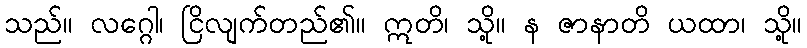
သည်။ လဂ္ဂေါ၊ ငြိလျက်တည်၏။ ဣတိ၊ သို့။ န ဇာနာတိ ယထာ၊ သို့။